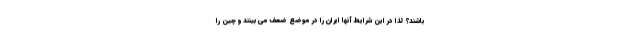
باشند؟ لذا در این شرایط آنها ایران را در موضع ضعف می بینند و چین را